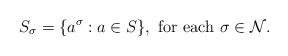
LaTeX: \begin{align*}S_{\sigma}=\{a^{\sigma}: a\in S\}, \mbox{ for each } \sigma\in\mathcal{N}.\end{align*}